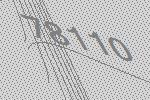
78110